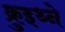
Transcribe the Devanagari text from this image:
क्रुइथ्ने